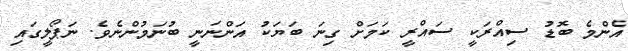
އެންމެ ބޮޑު ސިއްރަކީ ސައްރީ ކަމަށް ގިނަ ބަޔަކު އަންނަނީ ބުނަމުންނެވެ. ނަޕޯލީގައި